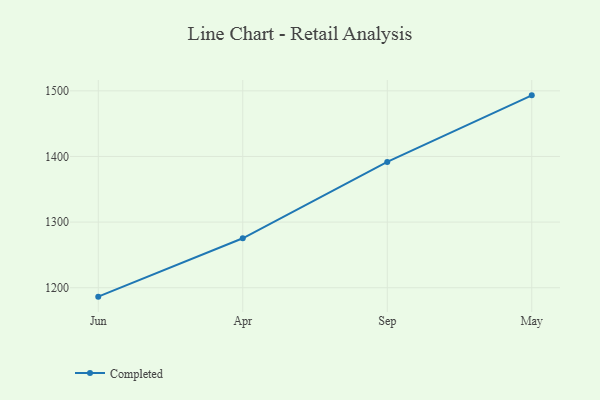
{"axis": {"x": "Month", "y": "Budget (USD K)"}, "legend": ["Completed"], "data": [{"x": "Jun", "y": 1186.4, "type": "Completed"}, {"x": "Apr", "y": 1275.3, "type": "Completed"}, {"x": "Sep", "y": 1391.7, "type": "Completed"}, {"x": "May", "y": 1493.1, "type": "Completed"}]}